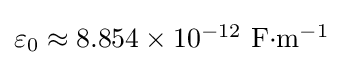
{\textstyle \varepsilon _{0}\approx 8.854\times 10^{-12}~\mathrm {F{\cdot }m^{-1}} }